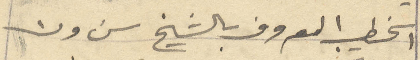
الخطيب المعروف بالشيخ سَرون